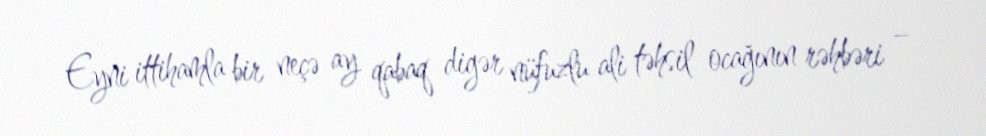
Eyni ittihamla bir neçə ay qabaq digər nüfuzlu ali təhsil ocağının rəhbəri –